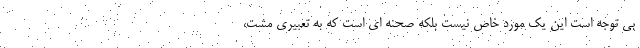
بی توجه است این یک مورد خاص نیست بلکه صحنه ای است که به تعبیری مشت،